system: You are a helpful assistant.
user:
Analyze the provided spectrum to determine if it is a **White Dwarf (WD)**.

A White Dwarf spectrum is defined by its **extreme purity** (due to gravitational settling) and/or **extreme pressure broadening** (due to high surface gravity). You must check for one of the following mutually exclusive signatures:

- **Key Visual Indicators (Check for ONE of these types):**

    - **1. DA-Type Signature (Most Common):**
        - **(Primary Feature):** Extreme pressure broadening (Stark broadening) of the **Hydrogen (H) Balmer lines**.
        - **(Key Lines):** $H\beta$ (approx. $4861$ Å) and $H\gamma$ (approx. $4340$ Å). $H\alpha$ (approx. $6563$ Å) will also be present if the wavelength range covers it.
        - **(Line Profile):** This is the **defining feature**. The lines are **NOT** sharp. They appear as massive, **extremely broad and deep "troughs" or "dips"** in the spectrum, often hundreds of Ångströms wide. The continuum will appear to "scoop" down at these wavelengths.
        - **(Distinction):** Normal A-type or B-type stars have *narrow* and *sharp* Hydrogen lines. A DA White Dwarf's lines are unmistakably "smeared" or "blurry" from pressure.

    - **2. DB-Type Signature:**
        - **(Primary Feature):** Broad absorption lines from **Neutral Helium (He I)**. The spectrum must lack any visible Hydrogen lines.
        - **(Key Lines):** Look for broad absorption near $4471$ Å, $4921$ Å, and $5876$ Å.
        - **(Line Profile):** These lines are also significantly pressure-broadened, appearing much wider than they would in a normal B-type main-sequence star.

    - **3. DC-Type Signature:**
        - **(Primary Feature):** A **featureless continuous spectrum**.
        - **(Line Profile):** The spectrum is a smooth curve with **no significant absorption or emission lines**.
        - **(Key Confirmation):** The continuum is almost always **blue or white**, indicating a hot object. This signature implies the atmosphere is so pure (or so cool) that no spectral lines are visible in the optical range. Its WD identity is confirmed by its extremely low intrinsic brightness (high absolute magnitude).

    - **4. DZ-Type Signature (Metal-Polluted):**
        - **(Primary Feature):** **Isolated, narrow metal absorption lines** on an otherwise featureless (DC-like) continuum.
        - **(Key Lines):** The **Calcium (Ca II) H & K doublet** (approx. **$3934$ Å** and **$3968$ Å**) is the most common and defining feature.
        - **(Line Profile):** These lines are "out of place." They are *not* part of a "forest" of thousands of lines. This signature is evidence of recent *accretion* (pollution) from rocky debris.
        - **(Distinction):** Normal G/K/M stars have a *dense forest* of thousands of metal lines. A DZ has a *clean* continuum with *only a few* strong metal lines.

    - **5. DQ-Type Signature (Carbon-Polluted):**
        - **(Primary Feature):** Absorption bands from **Carbon (C₂ "Swan Bands" or atomic C I)**.
        - **(Key Lines - C₂):** Look for bandheads with a "saw-tooth" shape near $5635$ Å, **$5165$ Å** (strongest), and $4737$ Å.
        - **(Key Confirmation):** The underlying **continuum must be blue or white** (hot).
        - **(Distinction):** This is the critical difference from a **Carbon Star**, which has the *exact same* C₂ bands but on an extremely **red, cool** continuum.

- **(Overall Spectrum):**
    - The continuum (overall shape) is typically **blue-sloping** (brighter in the blue than the red), as most white dwarfs are very hot.
    - The spectrum will look "pure" or "simple," dominated by only *one* of the five signatures listed above.

Think first, call **spectral_visualization_tool** if needed to examine features in detail, then provide your final answer. Your response must adhere to the following strict rules:
1.  **Overall Structure:** Your response must follow the format `<think>...</think> <tool_call>...</tool_call> (if a tool is used) <answer>...</answer>`.
2.  **Tool Usage Constraint:** You may only make **one** tool call per turn.
3.  **Final Answer Format:** In the `<answer>` tag, your conclusion must be inside a `\boxed{}` command (e.g., `\boxed{YES}` or `\boxed{NO}`), followed by your justification.

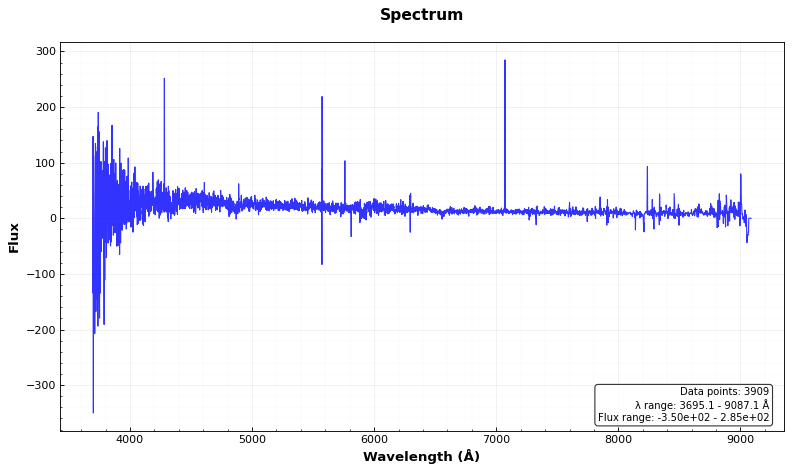
Answer: YES